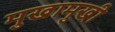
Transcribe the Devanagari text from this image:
मुखामुखी